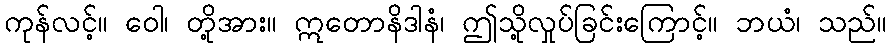
ကုန်လင့်။ ဝေါ၊ တို့အား။ ဣတောနိဒါနံ၊ ဤသို့လှုပ်ခြင်းကြောင့်။ ဘယံ၊ သည်။